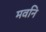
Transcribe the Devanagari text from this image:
मवनि